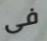
فى